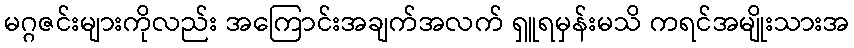
မဂ္ဂဇင်းများကိုလည်း အကြောင်းအချက်အလက် ရှူရမှန်းမသိ ကရင်အမျိုးသားအ